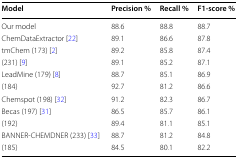
<table><thead><tr><td><b>Model</b></td><td><b>Precision %</b></td><td><b>Recall %</b></td><td><b>F1-score %</b></td></tr></thead><tbody><tr><td>Our model</td><td>88.6</td><td>88.8</td><td>88.7</td></tr><tr><td>ChemDataExtractor [22]</td><td>89.1</td><td>86.6</td><td>87.8</td></tr><tr><td>tmChem (173) [2]</td><td>89.2</td><td>85.8</td><td>87.4</td></tr><tr><td>(231) [9]</td><td>89.1</td><td>85.2</td><td>87.1</td></tr><tr><td>LeadMine (179) [8]</td><td>88.7</td><td>85.1</td><td>86.9</td></tr><tr><td>(184)</td><td>92.7</td><td>81.2</td><td>86.6</td></tr><tr><td>Chemspot (198) [32]</td><td>91.2</td><td>82.3</td><td>86.7</td></tr><tr><td>Becas (197) [31]</td><td>86.5</td><td>85.7</td><td>86.1</td></tr><tr><td>(192)</td><td>89.4</td><td>81.1</td><td>85.1</td></tr><tr><td>BANNER-CHEMDNER (233) [33]</td><td>88.7</td><td>81.2</td><td>84.8</td></tr><tr><td>(185)</td><td>84.5</td><td>80.1</td><td>82.2</td></tr></tbody></table>